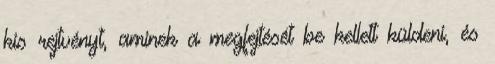
kis rejtvényt, aminek a megfejtését be kellett küldeni, és